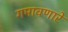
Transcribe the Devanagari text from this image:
गमावणारे